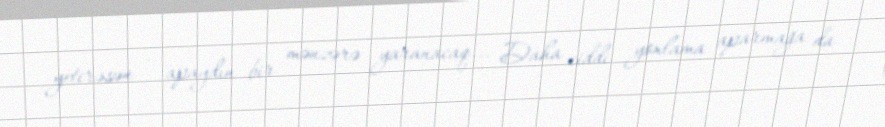
yetirəsən - apaydın bir mənzərə yaranacaq... Daha ciddi yoxlama aparmağa da